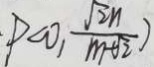
\cdot \rho \omega _ { 1 } \frac { \sqrt { 2 n } } { m - \sqrt { 2 } } )